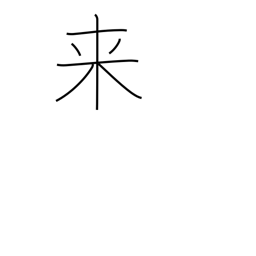
Meaning: become